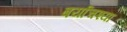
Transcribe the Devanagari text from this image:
बर्याचश्या